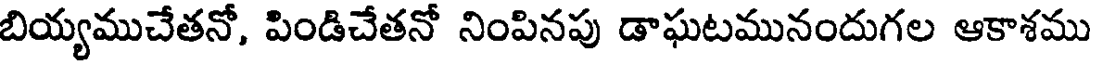
బియ్యముచేతనో, పిండిచేతనో నింపినపు డాఘటమునందుగల ఆకాశము